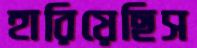
হারিয়েছিস